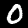
Digit: 0